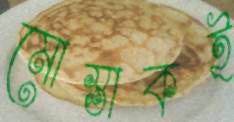
মোস্তাকই